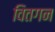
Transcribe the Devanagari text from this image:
वितगन